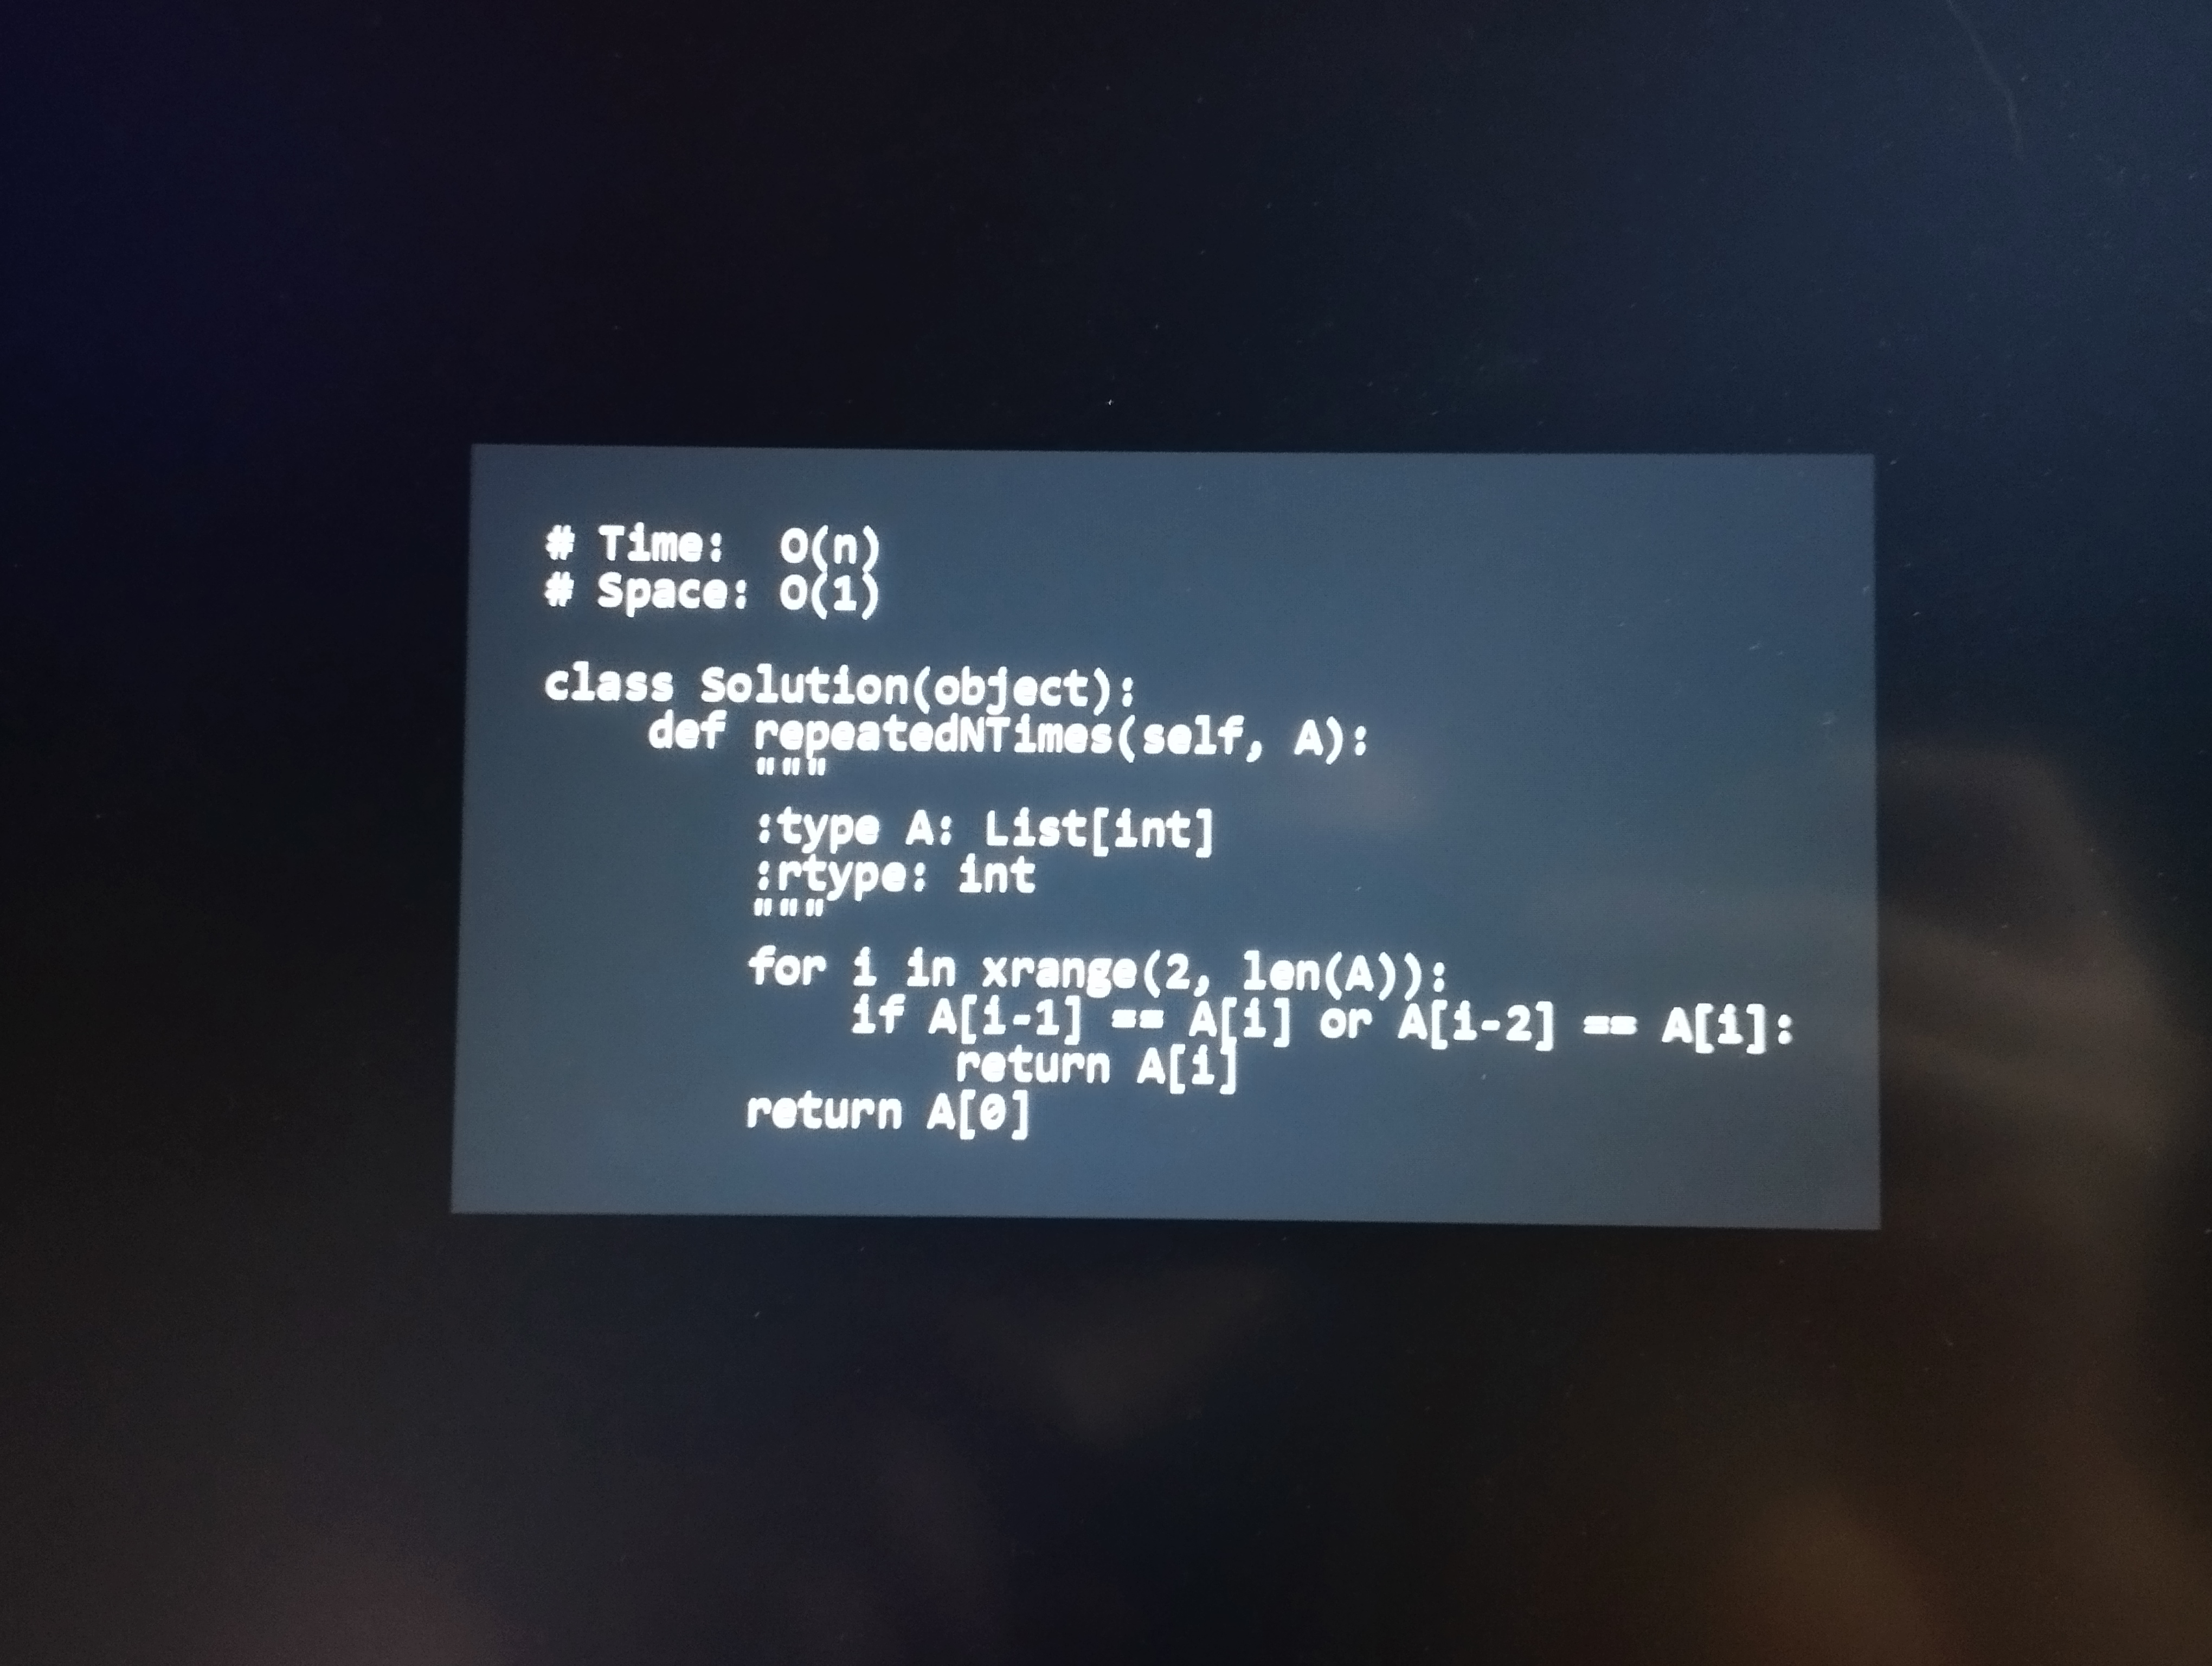
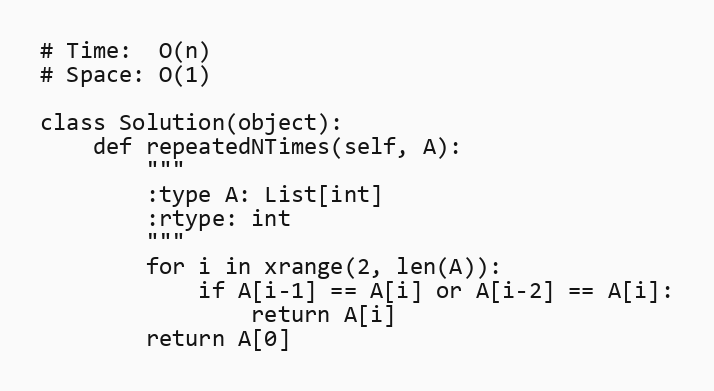
# Time:  O(n)
# Space: O(1)

class Solution(object):
    def repeatedNTimes(self, A):
        """
        :type A: List[int]
        :rtype: int
        """
        for i in xrange(2, len(A)):
            if A[i-1] == A[i] or A[i-2] == A[i]:
                return A[i]
        return A[0]